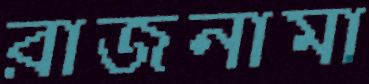
রাজনামা